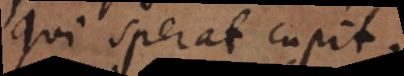
Qui sperat cupit.